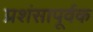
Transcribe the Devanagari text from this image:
प्रशंसापूर्वक